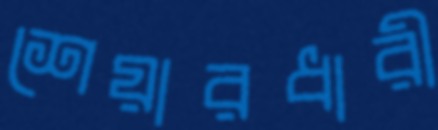
শেয়ারধারী